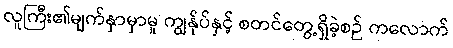
လူကြီး၏မျက်နှာမှာမူ ကျွန်ုပ်နှင့် စတင်တွေ့ရှိခဲ့စဉ် ကလောက်